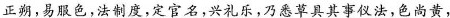
正朔，易服色，法制度，定官名，兴\underset{·}{礼}\underset{·}{乐}，乃悉草具其事仪法，色尚黄，